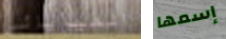
الفيزيائي إسمها